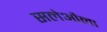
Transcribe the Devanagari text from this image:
सलेऔला